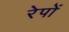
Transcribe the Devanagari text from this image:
रेपों